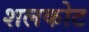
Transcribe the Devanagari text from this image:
शलकोट